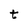
Character: t